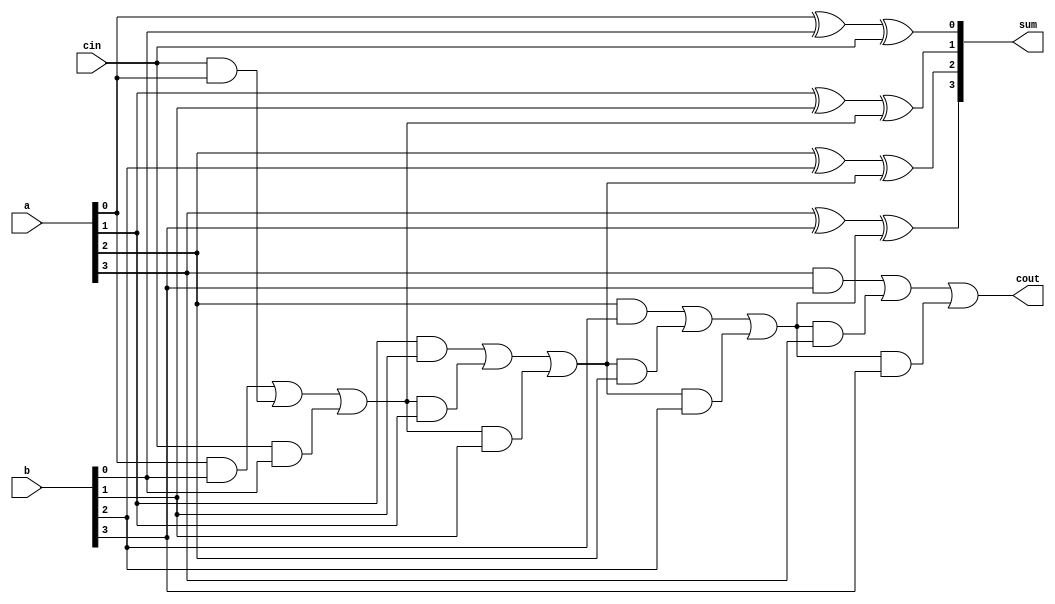
// a 4 bit ripple carry adder
// 
`timescale 1 ns / 1 ns 

module add4rpl (a,
   b,
   cin,
   cout,
   sum);
input   [3:0] a; //  A side

input   [3:0] b; //  B side

input   cin; //  carry in

output  cout; //  carry out

output  [3:0] sum; //  sum out

wire    cout; 
wire    [3:0] sum; 
wire    [3:0] cry; //  local carries
assign sum[0] = a[0] ^ b[0] ^ cry[0]; 
assign sum[1] = a[1] ^ b[1] ^ cry[1]; 
assign sum[2] = a[2] ^ b[2] ^ cry[2]; 
assign sum[3] = a[3] ^ b[3] ^ cry[3]; 
assign cry[0] = cin; 
assign cry[1] = a[0] & b[0] | cry[0] & a[0] | cry[0] & b[0]; 
assign cry[2] = a[1] & b[1] | cry[1] & a[1] | cry[1] & b[1]; 
assign cry[3] = a[2] & b[2] | cry[2] & a[2] | cry[2] & b[2]; 
assign cout = a[3] & b[3] | cry[3] & a[3] | cry[3] & b[3]; 

endmodule // module add4rpl